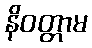
နိဝတ္တာမ